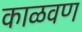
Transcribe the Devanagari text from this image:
काळवण